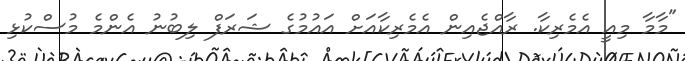
"މާމާ މިއީ އެމެރިކާ. ރާއްޖެއިން އެމެރިކާއަށް އައުމުގެ ޝަރަފް ލިބުނު އެންމެ މުސްކުޅި